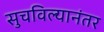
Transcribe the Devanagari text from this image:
सुचविल्यानंतर